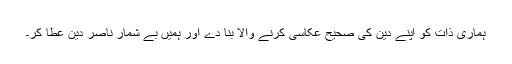
ہماری ذات کو اپنے دین کی صحیح عکاسی کرنے والا بنا دے اور ہمیں بے شمار ناصر دین عطا کر۔